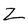
Character: Z